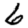
Digit: 6